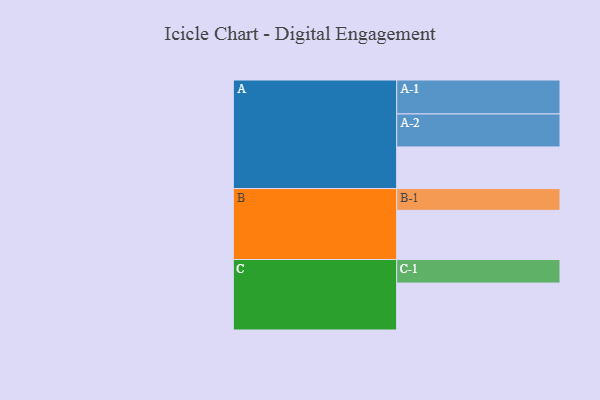
{"axis": {"x": "Segment", "y": "Value"}, "legend": ["", "A", "B", "C"], "data": [{"x": "A", "y": 364, "type": ""}, {"x": "B", "y": 430, "type": ""}, {"x": "C", "y": 410, "type": ""}, {"x": "A-1", "y": 297, "type": "A"}, {"x": "A-2", "y": 288, "type": "A"}, {"x": "B-1", "y": 190, "type": "B"}, {"x": "C-1", "y": 206, "type": "C"}]}